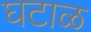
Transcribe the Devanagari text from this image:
घटाळ